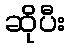
ဆိုပီး